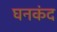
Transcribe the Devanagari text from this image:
घनकंद